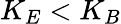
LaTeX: K_{E}<K_{B}